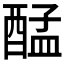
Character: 𮠴